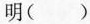
明()